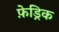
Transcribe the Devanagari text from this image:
फ़ेड्रिक